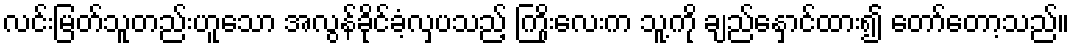
လင်းမြတ်သူတည်းဟူသော အလွန်ခိုင်ခံ့လှပသည့် ကြိုးလေးက သူ့ကို ချည်နှောင်ထား၍ တော်တော့သည်။